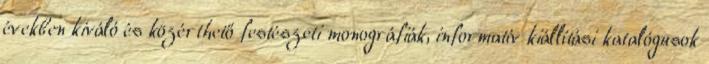
években kiváló és közérthető festészeti monográfiák, informatív kiállítási katalógusok